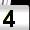
Digit: 4